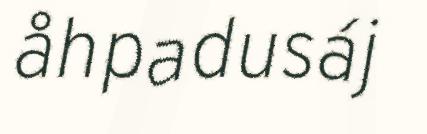
åhpadusáj